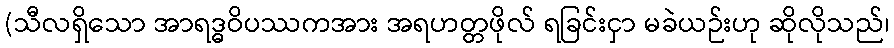
(သီလရှိသော အာရဒ္ဓဝိပဿကအား အရဟတ္တဖိုလ် ရခြင်းငှာ မခဲယဉ်းဟု ဆိုလိုသည်၊